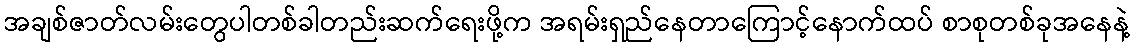
အချစ်ဇာတ်လမ်းတွေပါတစ်ခါတည်းဆက်ရေးဖို့က အရမ်းရှည်နေတာကြောင့်နောက်ထပ် စာစုတစ်ခုအနေနဲ့